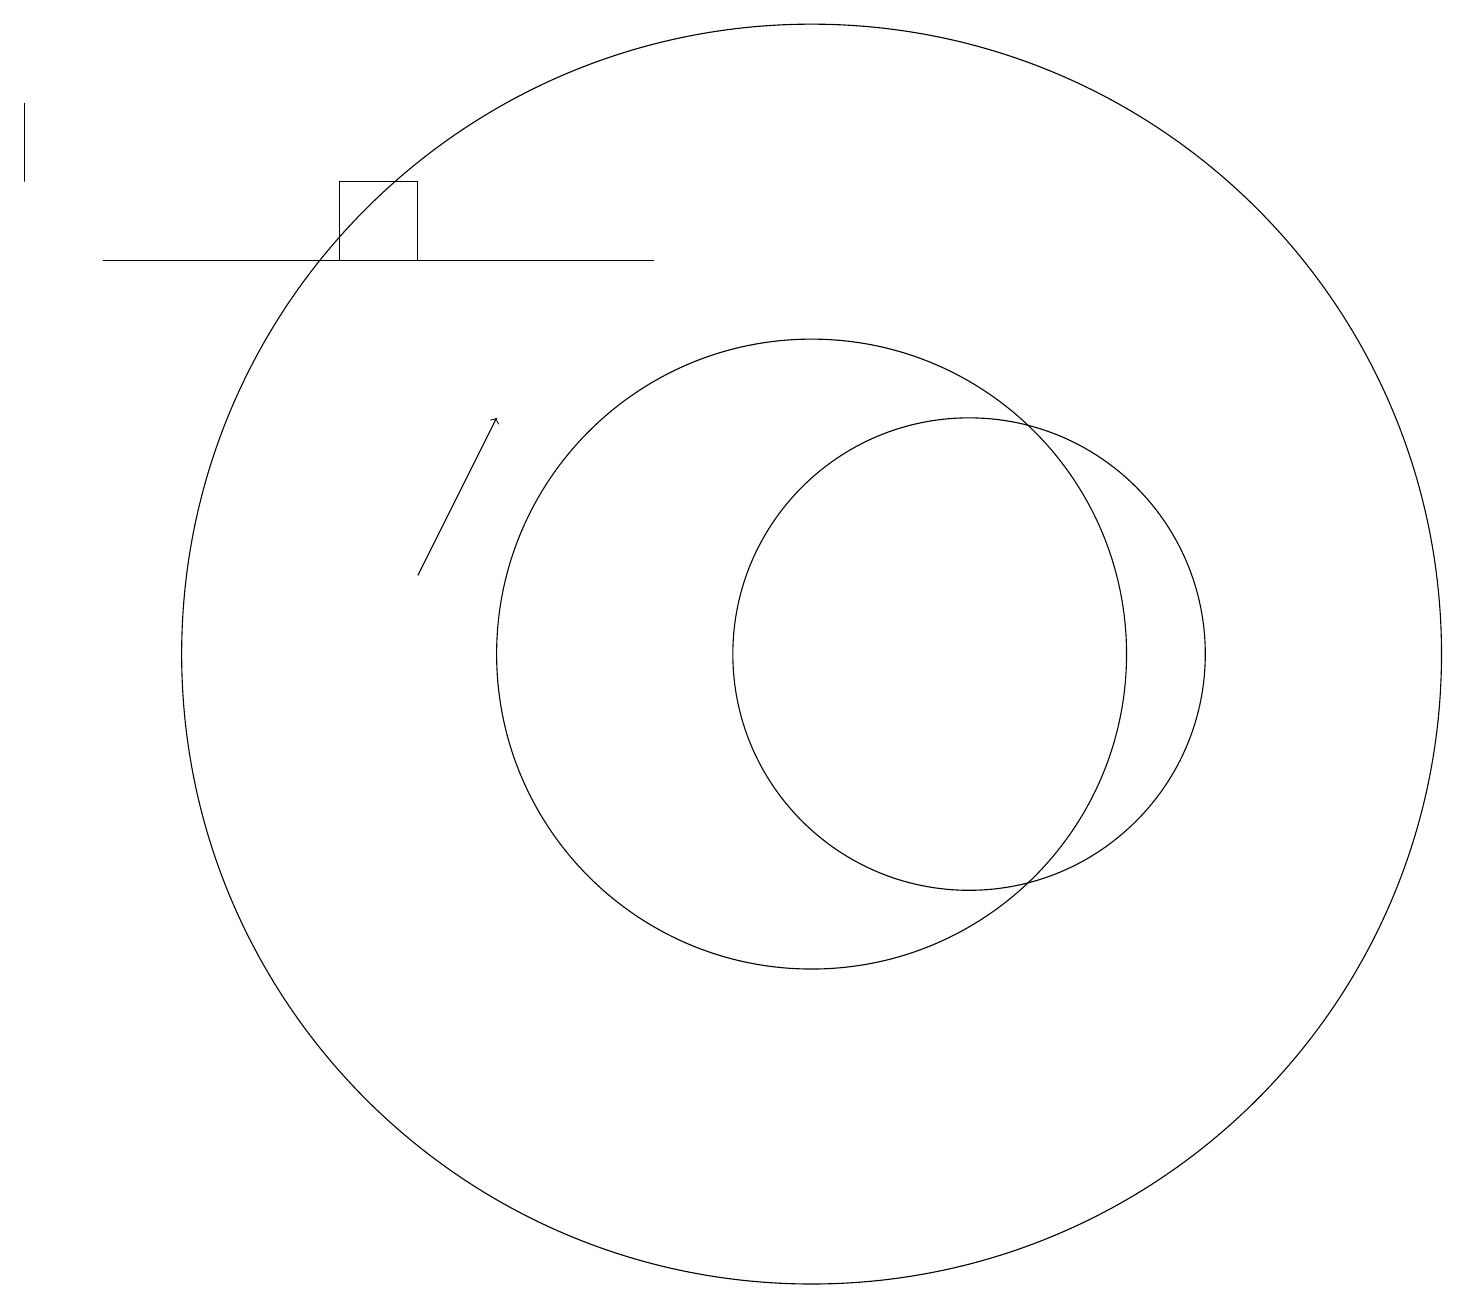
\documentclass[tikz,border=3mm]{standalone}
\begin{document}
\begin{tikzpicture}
\draw[->] (5,12) -- (6,14);
\draw (12,11) circle (3);
\draw (10,11) circle (4);
\draw (0,17) rectangle (0,18);
\draw (10,11) circle (8);
\draw (8,16) rectangle (1,16);
\draw (4,16) rectangle (5,17);
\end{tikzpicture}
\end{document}